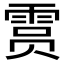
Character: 𫕥